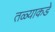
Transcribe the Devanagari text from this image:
तळ्याकडे